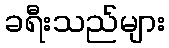
ခရီးသည်များ